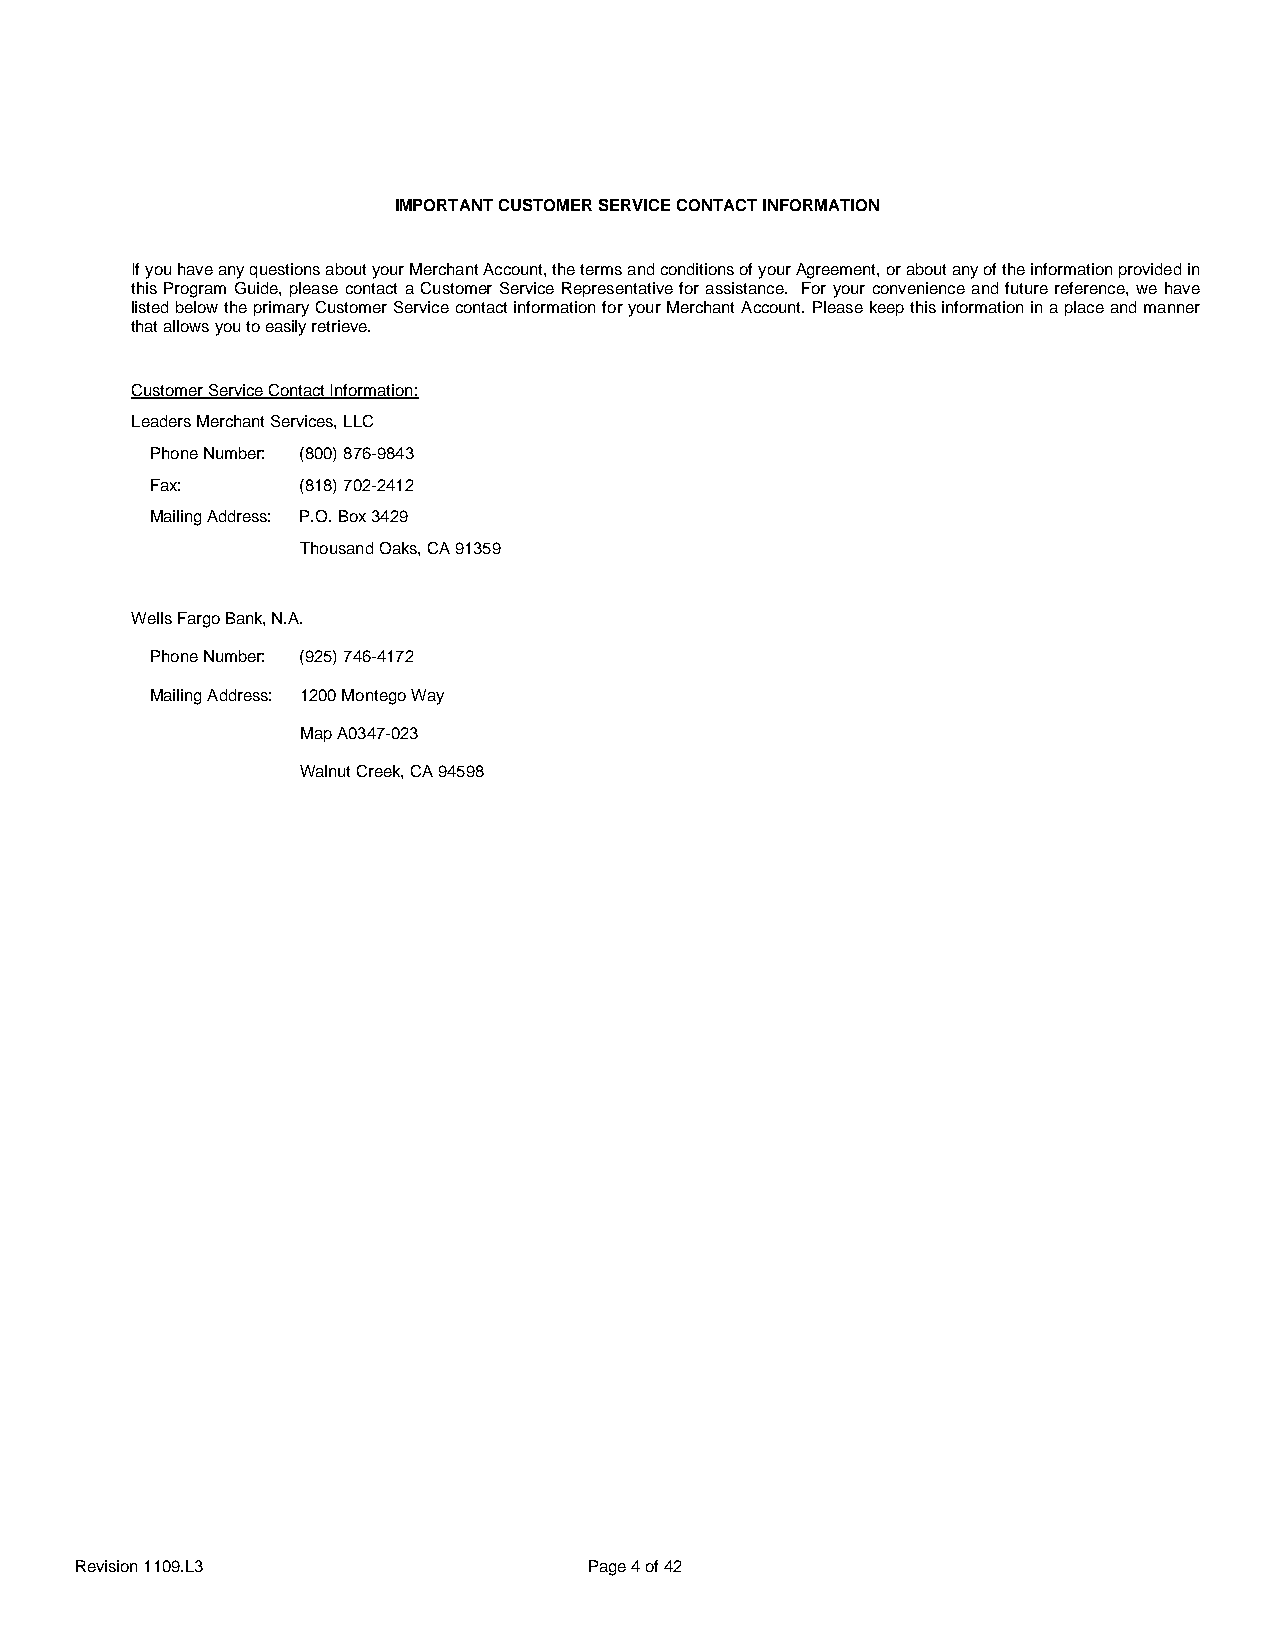
IMPORTANT CUSTOMER SERVICE CONTACT INFORMATION
 If you have any questions about your Merchant Account, the terms and conditions of your Agreement, or about any of the information provided in
 this Program Guide, please contact a Customer Service Representative for assistance. For your convenience and future reference, we have
 listed below the primary Customer Service contact information for your Merchant Account. Please keep this information in a place and manner
 that allows you to easily retrieve.
 Customer Service Contact Information:
 Leaders Merchant Services, LLC
 Phone Number: (800) 876-9843
 Fax:      (818) 702-2412
 Mailing Address: P.O. Box 3429
 Thousand Oaks, CA 91359
 Wells Fargo Bank, N.A.
 Phone Number: (925) 746-4172
 Mailing Address: 1200 Montego Way
 Map A0347-023
 Walnut Creek, CA 94598
 Revision 1109.L3                  Page 4 of 42